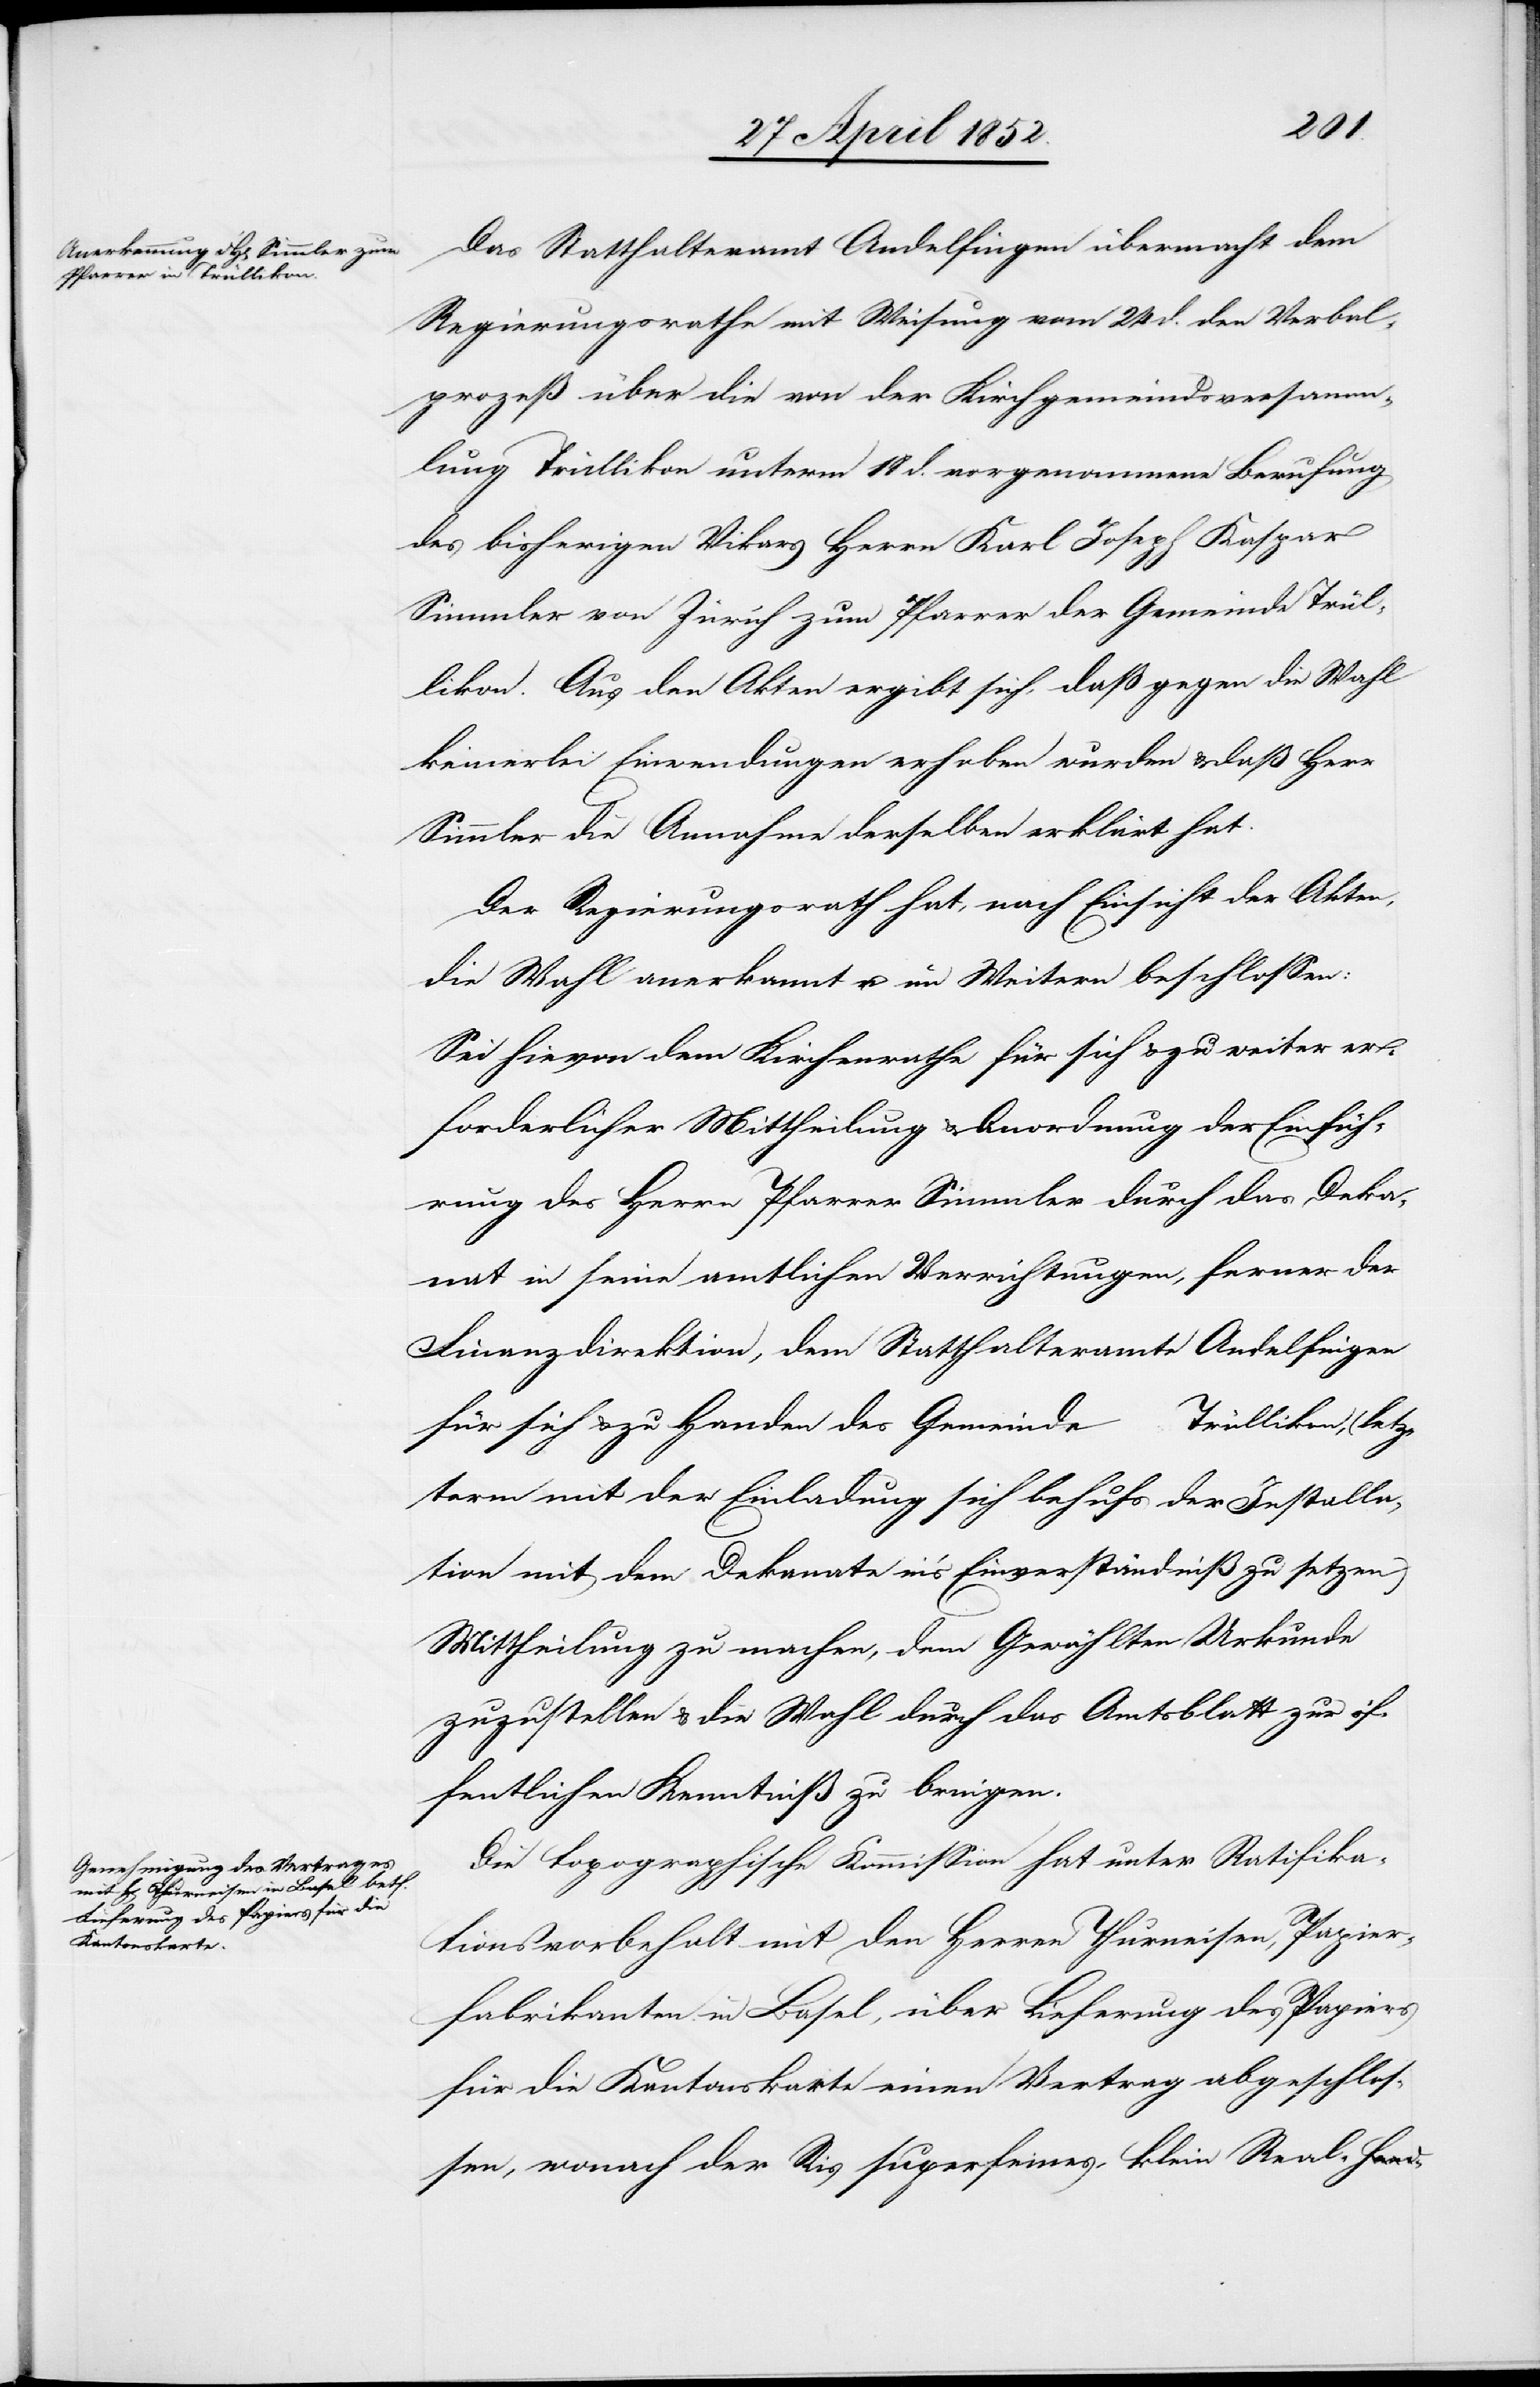
Das Statthalteramt Andelfingen übermacht dem
Regierungsrathe mit Weisung vom 24 d. den Verbal¬
prozeß über die von der Kirchgemeindsversamm¬
lung Trüllikon unterm 18 d. vorgenommene Berufung
des bisherigen Vikars Herrn Karl Joseph Kaspar
Simmler von Zürich zum Pfarrer der Gemeinde Trül¬
likon. Aus den Akten ergibt sich, daß gegen die Wahl
keinerlei Einwendungen erhoben wurden & daß Herr
Simmler die Annahme derselben erklärt hat.
Der Regierungsrath hat, nach Einsicht der Akten,
die Wahl anerkannt u. im Weitern beschlossen:
Sei hievon dem Kirchenrathe für sich & zu weiter er¬
forderlicher Mittheilung & Anordnung der Einfüh¬
rung des Herrn Pfarrer Simmler durch das Deka¬
nat in seine amtlichen Verrichtungen, ferner der
Finanzdirektion, dem Statthalteramte Andelfingen
für sich & zu Handen des Gemeinde … Trüllikon, (letz¬
term mit der Einladung sich behufs der Installa¬
tion mit dem Dekanate in’s Einverständniß zu setzen)
Mittheilung zu machen, dem Gewählten Urkunde
zuzustellen & die Wahl durch das Amtsblatt zur öf¬
fentlichen Kenntniß zu bringen.
Die topographische Kommission hat unter Ratifika¬
tionsvorbehalt mit den Herren Thurneisen, Papier¬
fabrikanten in Basel, über Lieferung des Papiers
für die Kantonskarte einen Vertrag abgeschlos¬
sen, wonach der Ris superfeines, klein Real-